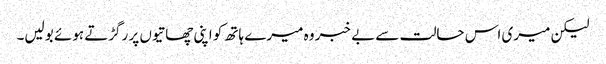
لیکن میری اس حالت سے بے خبر وہ میرے ہاتھ کو اپنی چھاتیوں پر رگڑتے ہوئے بولیں۔